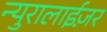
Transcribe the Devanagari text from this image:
न्युरालाईज़र